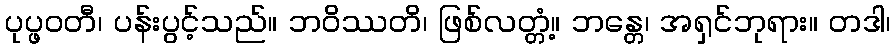
ပုပ္ဖဝတီ၊ ပန်းပွင့်သည်။ ဘဝိဿတိ၊ ဖြစ်လတ္တံ့။ ဘန္တေ၊ အရှင်ဘုရား။ တဒါ၊